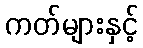
ကတ်များနှင့်